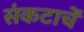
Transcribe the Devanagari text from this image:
संकटाचें